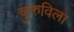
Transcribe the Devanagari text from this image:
कुरुविला